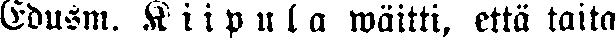
Edusm. K i i p u l a wäitti, että taita